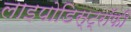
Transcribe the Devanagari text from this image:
लाइपोडिस्ट्रॉफी